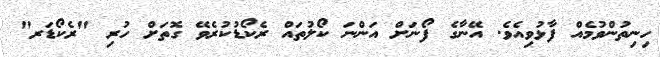
ހިނިތުންވުމެއް ފާޅުވިއެވެ. އޭނާގެ ފޯނަށް އަންނަ ކޯލުތައް ރެކޯޑުކުރެވޭ ގޮތަށް ހުރި "ރެކޯޑަރ"